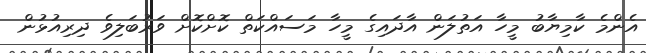
އެންމެ ކާމިޔާބު މީހާ އަތުލަން އާދައިގެ މީހާ މަސައްކަތް ކޮށްކޮށް ވަރުބަލިވެ ދިރިއުޅުން